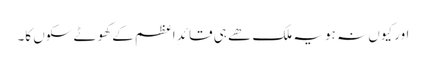
اور کیوں نہ ہو یہ ملک ھے ہی قائدِ اعظم کے کھوٹے سکوں کا۔